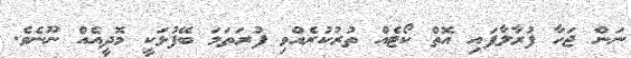
ނަން ޖަހާ ފުރާލާފައި އޮތް ކޯޓެއް ތުރުކުރެއްވި ފުރަތަމަ ބޭފުޅަކީ މޮދީއެއް ނޫނެވެ.